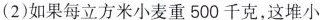
(2)如果每立方米小麦重500千克，这堆小